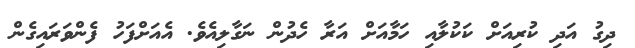
ދިގު އަދި ކުރިއަށް ކަކުލާއި ހަމާއަށް އަރާ ހެދުން ނަގާލިއެވެ. އެއަށްފަހު ފެންވަރައިގެން